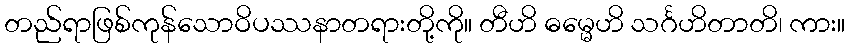
တည်ရာဖြစ်ကုန်သောဝိပဿနာတရားတို့ကို။ တီဟိ ဓမ္မေဟိ သင်္ဂဟိတာတိ၊ ကား။